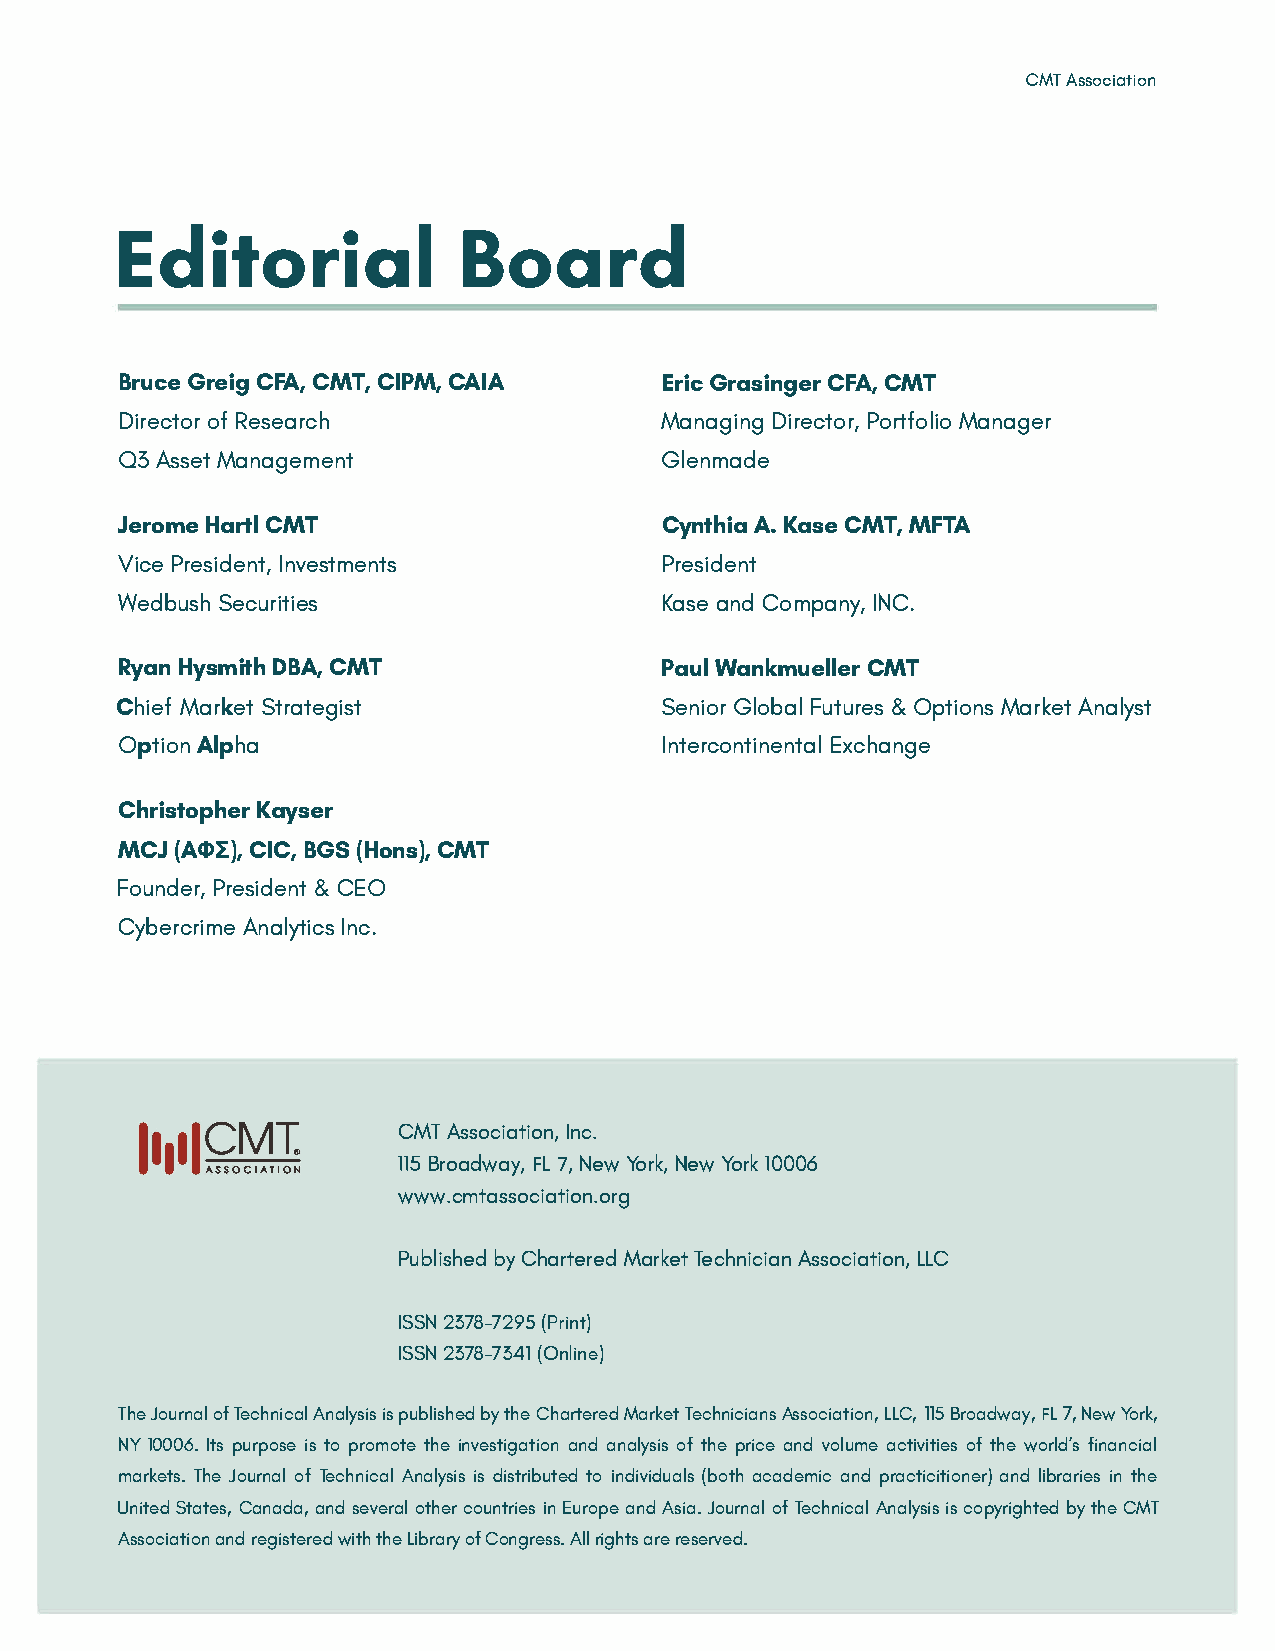
CMTA ssociation
 EditoBroiaarld
 BurceG reiCgF AC,M T,CI PMC,AI A    EriGcr asinCgFAe,Cr M T
 Direocf tRoers earch                ManagDiinrge cPtoorrt,Mf aonlaigoe r
 03A ssMeatn agement                 Glenmade
 JeroHmaertl C MT                    CnthAi.aK asCeM TM,F TA
 y
 VcieP resiIdneevtsnmte,n ts         President
 WedbusSehc urities                  Kasaen dC ompaInNyC,.
 RyanH smith DBA,C MT                PauWla nkmueClMlTe r
 y
 Chief    Market     Strategist      SeniGolro bFault u&rO epst iMoanrsk Aenta lyst
 Opitno Alpha                        InterconEtxicnheanntgael
 ChristKoapshere r
 y
 MCJ( A<J>IC)IC,,B GS( oHnsC)M,T
 Founedr P,resi&dC eEnOt
 CybercArnialtmyiesIcn c.
 CMTA ssociIantci.o n,
 11B5ra odwaFyL7, ,N ewY orkN,e wY ork1 0006
 wwwc.mtassoocriga tion.
 PublibsyCh headr tMearrekdTe etc hnAiscsioacni LaL tCion,
 ISS2N3 78-7(P2r9ti5)n
 ISS2N3 78-7(3On4l1i ne)
 TheJ ornuaolfT e cnhiaclA nalyispsiub sl isbhyet dhC eha rteMraerdkT eetnc ihciAasnsso ciLLaC,t11 i5oB nr,o ad,Fw La Ny7e,wY ork,
 NY1 000Its6p .urp os eist opromothteie n vest aingdaa ntailoyonsfti hspe r icaen dv oluamcet ivoiftt hiweeo rsl' dsfi nancial
 markeThtesJ o.urn aolf T echnAinaclaylis sdii ss tritboiu ntvidedidus (a bloatchda emiacn dpr atcicitainodlbn irearr)ii nte hse
 Unid tSetatCeasn,a daand ,s veearlo thceoru ntinr Eiuerso apneAds iJao.u ronfTea clhn ilcA analiycsso ipysr igbhytt ehCdeM T
 Associatrieogni satinthed r tehde y w Loiofbn rgCarresisg.h tAsls lea rrrvee dr.e